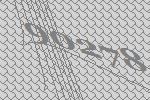
90278